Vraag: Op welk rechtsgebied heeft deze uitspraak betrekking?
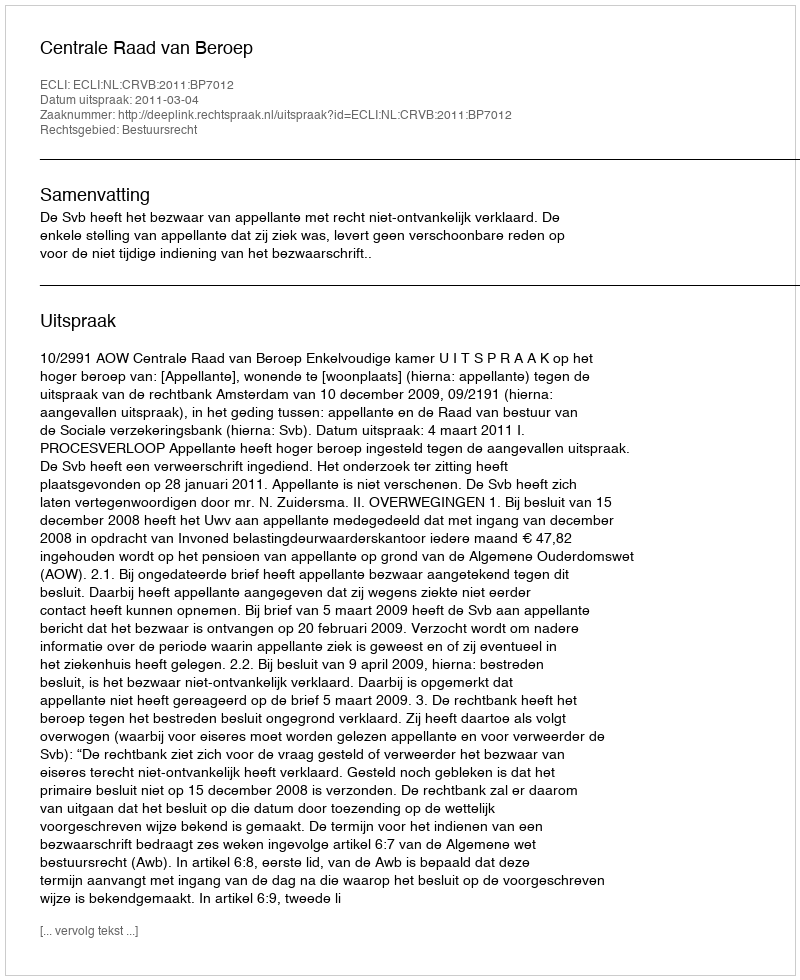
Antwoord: Bestuursrecht